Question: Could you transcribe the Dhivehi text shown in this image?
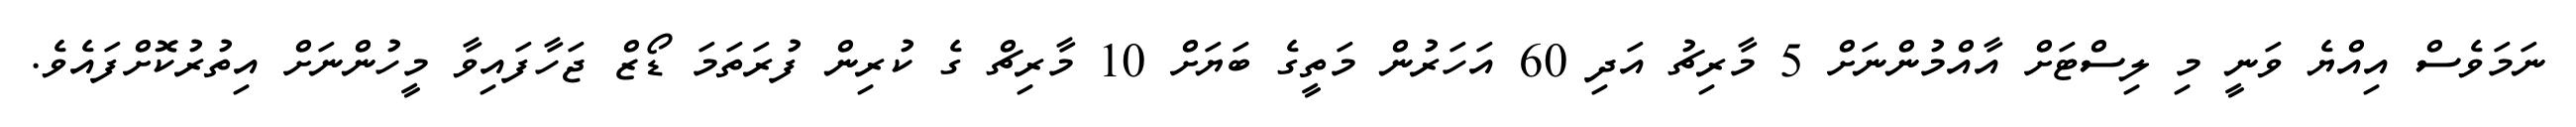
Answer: ނަމަވެސް އިއްޔެ ވަނީ މި ލިސްޓަށް އާއްމުންނަށް 5 މާރިޗު އަދި 60 އަހަރުން މަތީގެ ބަޔަށް 10 މާރިޗް ގެ ކުރިން ފުރަތަމަ ޑޯޒް ޖަހާފައިވާ މީހުންނަށް އިތުރުކޮށްފައެވެ.